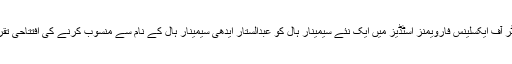
ان خیالات کا اظہار انہوں نے سینٹر آف ایکسلینس فارویمنز اسٹڈیز میں ایک نئے سیمینار ہال کو عبدالستار ایدھی سیمینار ہال کے نام سے منسوب کرنے کی افتتاحی تقریب سے خطاب کرتے ہوئے کیا ۔